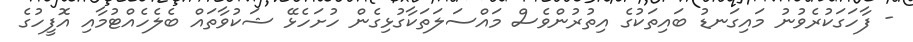
- ފާހަގަކުރެވުނު މައިގަނޑު ބައިތަކުގެ އިތުރުންވެސް މައްސަލަތަކާގުޅިގެން ހުށަހެޅޭ ޝަކުވާތައް ބެލެހެއްޓުމާއި އޮފީހުގެ